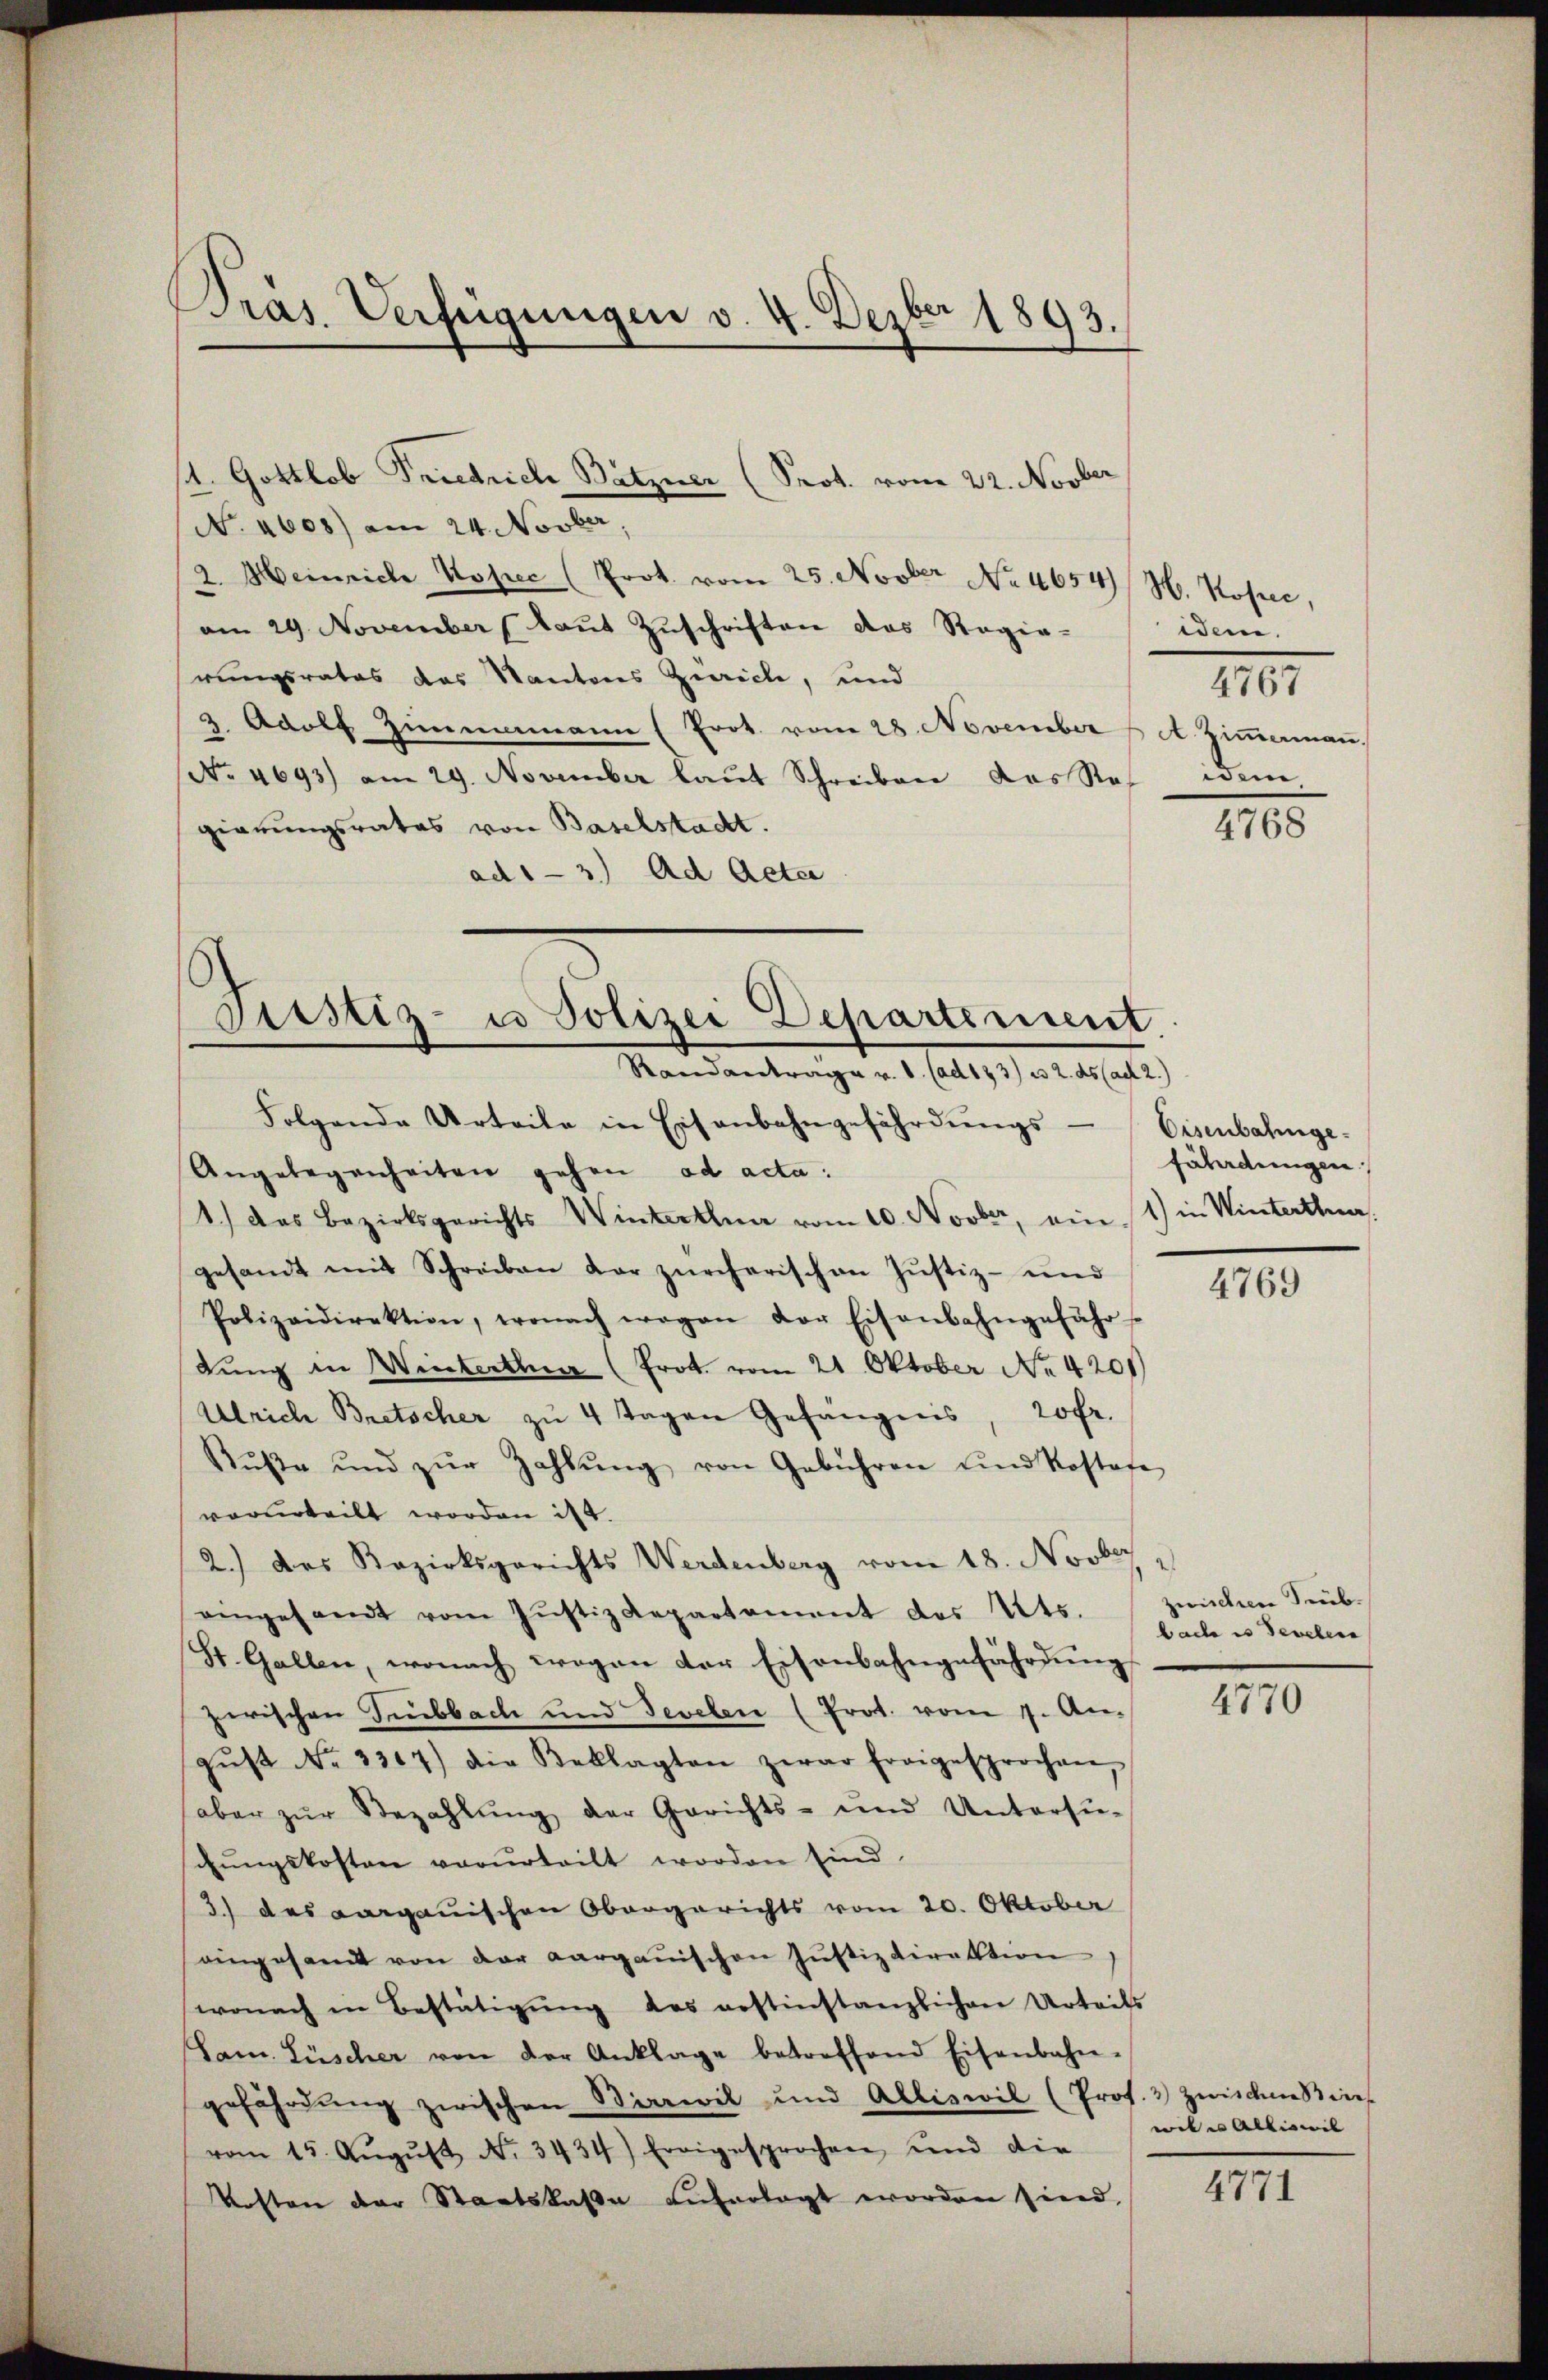
Pras. Verfügungen v. 4. Dezbr 1893.

N. 4608) am 24. Novber,
2. Heinrich Kopec (Prot. vom 25. Novber No. 4654/ H. Kosee,
am 29. November (laut Zuschriften das Regie-
rungsrates das Kantons Zürich, und
z. Adolf Zimmamann (Prot. vom 28. November u. A. Zimmermaṅ,
No. 4693) am 29. November laŭt Schreiben das Res. dem
gierungsrates von Baselstadt.
ad1-3.) Ad Acte

st. Gottlob Friedrich Bätzner (Prot. vom 22. Novber

Justiz- u Polizei Departement.
Randantrage v. 1. (ad 123) u 2. ds (ach 2.)

Folgende Urteile in Eisenbahngefährdŭngs-Eisenbahnge-
Angelegenheiten gehen ad acta:
1.) Das Bezirksgerichts Winterthun vom 10. Novber, ein 1) in Winterthue
gesandt mit Schreiben der zürcherischen Justiz- und
Polizeidirektion, wonach wegen der Eisenbahngefähr-
dung in Winterthur (Prot. vom 21. Oktober No. 4201)
Ulrich Bretscher zu 4 Tagen Gefängnis, 20fr.
Rŭβe und zŭr Zahlŭng von Gebühren und Kostafe
vorurteilt worden ist.
2.) Das Bezirksgerichts Werdenberg vom 18. Novber
eingesandt vom Justiz Repartement des Kts. zwischen Sub-
St. Gallen, wonach wogen der Eisenbahngefährdung
zerischen Subbach und Sevelen (Prot. vom 7. Angŭst No 1317) die Beklagten zwar freigesprochen,
aber zŭr Bezahlŭng der Gerichts- und Untersŭ-
chŭngskosten vorurteilt worden sind.
3.) des aargauischen Obergerichts vom 20. Oktober
eingesamt von der Aargauischen Justizdirektion
wonach in Bestätigung des erstinstanzlichen Urteils
Sam. Lüscher von der Anklage betreffend Eisenbahn-
gefährdung zwischen Sirrwil und Alliswil (Prof. 3 zwischen Kies
vom 15. Aŭgŭst No. 3434) Ereigesprochen und die
Kosten der Staatskasse erfortagt worden sind,

idem.
4767

III

fährdungen

4769

bache es Seveben

4770

wil es Allis wil

4771